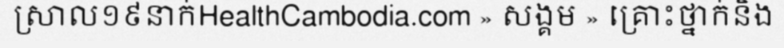
ស្រាល១៩នាក់HealthCambodia.com » សង្គម » គ្រោះថ្នាក់និង